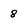
Character: 8